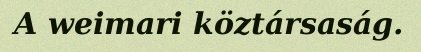
A weimari köztársaság.